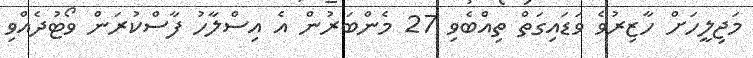
މަޖިލީހަށް ހާޒިރުވެ ވަޑައިގަތް ތިއްބެވި 27 މެންބަރުން އެ އިސްލާހު ފާސްކުރަން ވޯޓުދެއްވި